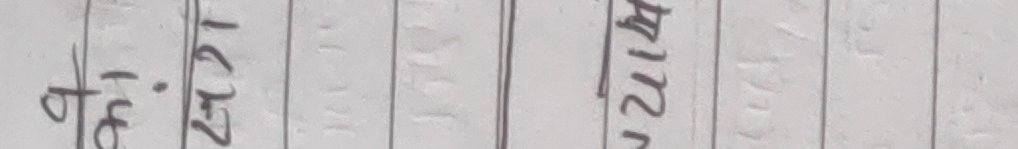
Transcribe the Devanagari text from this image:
ठे. २८२१ भिर्न